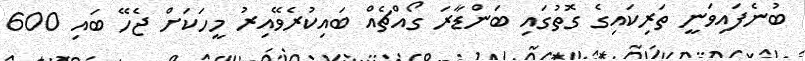
ބުނެފައިވަނީ ތަރިކައިގެ ގޮތުގައި ބަންޑާރަ ގޯއްޗެއް ބައިކުރެވޭއިރު މީހަކަށް ޖެހޭ ބައި 600